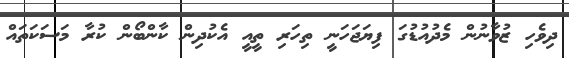
ދިވެހި ޒުވާނުން މެދުއުޑުގަ ފިޔަޖަހަނީ ތިހަރި ތީއީ އެކުދިން ކާންބޯން ކުރާ މަސަކަތައް